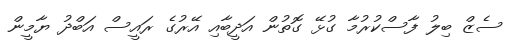
ސެޒް ބިލު ފާސްކުރުމާ ގުޅޭ ގޮތުން އަދީބާއި އޭރުގެ ރައީސް އަބްދު ޔާމީން